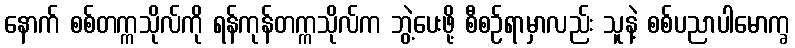
နောက် စစ်တက္ကသိုလ်ကို ရန်ကုန်တက္ကသိုလ်က ဘွဲ့ပေးဖို့ စီစဉ်ရာမှာလည်း သူနဲ့ စစ်ပညာပါမောက္ခ